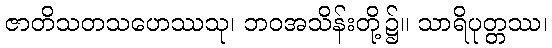
ဇာတိသတသဟေဿသု၊ ဘဝအသိန်းတို့၌။ သာရိပုတ္တဿ၊